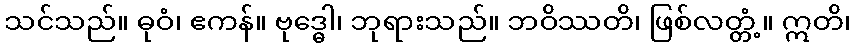
သင်သည်။ ဓုဝံ၊ ဧကန်။ ဗုဒ္ဓေါ၊ ဘုရားသည်။ ဘဝိဿတိ၊ ဖြစ်လတ္တံ့။ ဣတိ၊